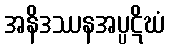
အနိဒဿနအပ္ပဋိဃံ